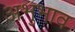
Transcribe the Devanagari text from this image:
अभुभाव